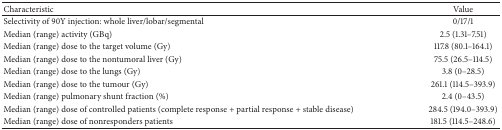
<table><thead><tr><td><b>Characteristic</b></td><td><b>Value</b></td></tr></thead><tbody><tr><td>Selectivity of 90Y injection: whole liver/lobar/segmental</td><td>0/17/1</td></tr><tr><td>Median (range) activity (GBq)</td><td>2.5 (1.31–7.51)</td></tr><tr><td>Median (range) dose to the target volume (Gy)</td><td>117.8 (80.1–164.1)</td></tr><tr><td>Median (range) dose to the nontumoral liver (Gy)</td><td>75.5 (26.5–114.5)</td></tr><tr><td>Median (range) dose to the lungs (Gy)</td><td>3.8 (0–28.5)</td></tr><tr><td>Median (range) dose to the tumour (Gy)</td><td>261.1 (114.5–393.9)</td></tr><tr><td>Median (range) pulmonary shunt fraction (%)</td><td>2.4 (0–43.5)</td></tr><tr><td>Median (range) dose of controlled patients (complete response + partial response + stable disease)</td><td>284.5 (194.0–393.9)</td></tr><tr><td>Median (range) dose of nonresponders patients</td><td>181.5 (114.5–248.6)</td></tr></tbody></table>